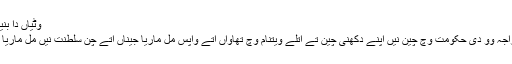
وٹیاں دا بنیا بوا
مہاراجہ وو دی حکومت وچ چین نیں اپنے دکھنی چین تے اتلے ویتنام وچ تھاواں اتے واپس مل ماریا جیناں اتے چن سلطنت نیں مل ماریا سی۔